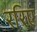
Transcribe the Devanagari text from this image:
ररिए